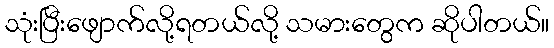
သုံးပြီးဖျောက်လို့ရတယ်လို့ သမားတွေက ဆိုပါတယ်။